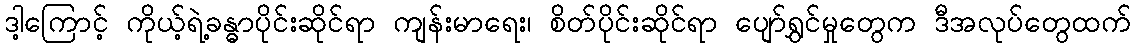
ဒါ့ကြောင့် ကိုယ့်ရဲ့ခန္ဓာပိုင်းဆိုင်ရာ ကျန်းမာရေး၊ စိတ်ပိုင်းဆိုင်ရာ ပျော်ရွှင်မှုတွေက ဒီအလုပ်တွေထက်